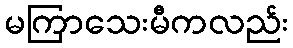
မကြာသေးမီကလည်း